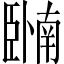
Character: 𬛩